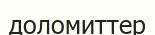
доломиттер